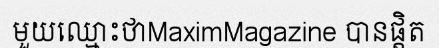
មួយឈ្មោះថាMaximMagazine បានផ្តិត